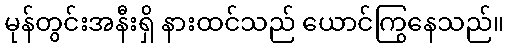
မုန်တွင်းအနီးရှိ နားထင်သည် ယောင်ကြွနေသည်။